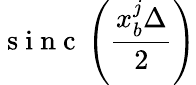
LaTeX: \mathrm{~s~i~n~c~}\left(\frac{x_{b}^{j}\Delta}{2}\right)